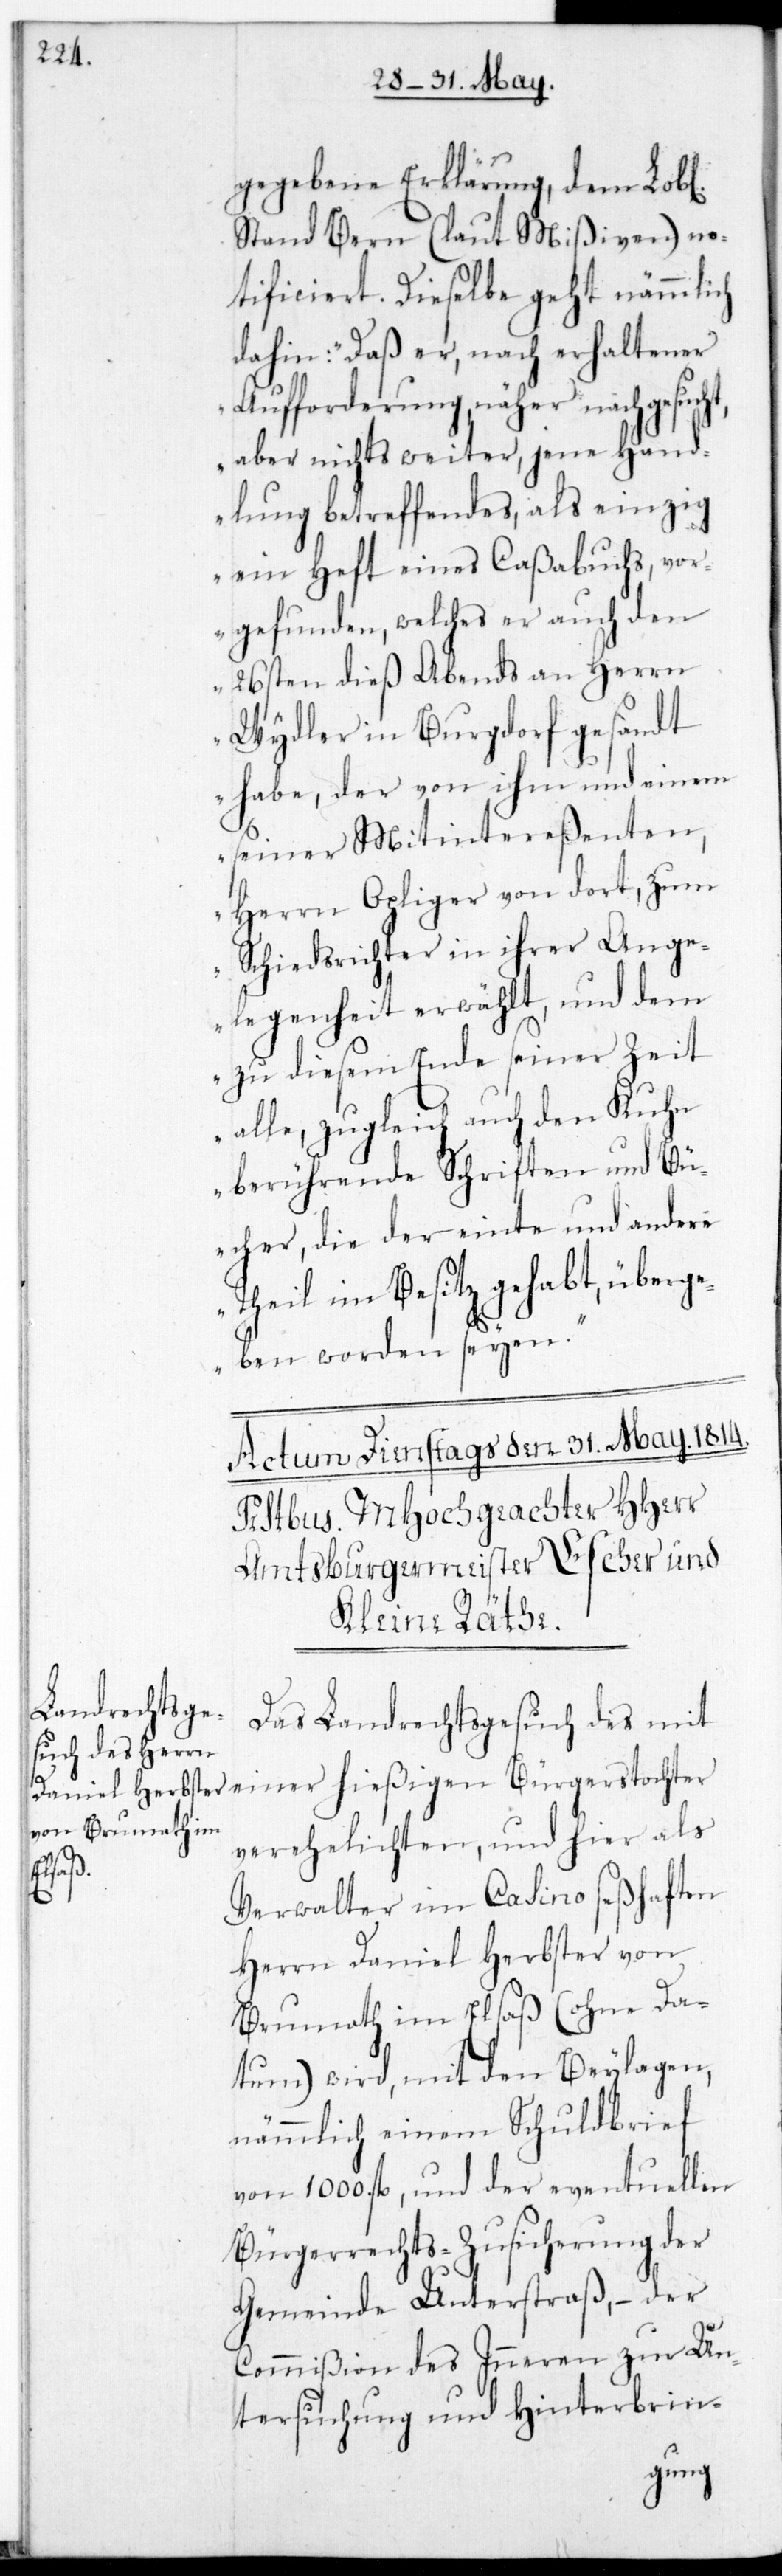
gegebene Erklärung, dem L.
Stand Bern (laut Mißiven) no¬
tificiert. Dieselbe geht nämmlich
dahin: „Daß er, nach erhaltener
Aufforderung, näher nachgesucht,
aber nichts weiter, jene Hand¬
lung betreffendes, als einzig
ein Heft eines Caßabuchs vor¬
gefunden, welches er auch den
26sten dieß abends an Herrn
Wydler in Burgdorf gesandt
habe, der von ihm und einem
seiner Mitintereßenten,
Herrn Opliger von dort, zum
Schiedsrichter in ihrer Ange¬
legenheit erwählt, und dem
zu diesem Ende seiner Zeit
alle, zugleich auch den Kuhn
berührende Schriften und Bü¬
cher, die der einte und andere
Theil im Besitz gehabt, überg¬
eben worden seyen.“
Das Landrechtsgesuch des mit
einer hießigen Bürgerstochter
verehelichten, und hier als
Verwalter im Casino seßhaften
Herrn Daniel Herbster von
Brumath im Elsaß (ohne Da¬
tum) wird, mit den Beylagen,
nämmlich einem Schuldbrief
von 1000. fl., und der eventuellen
Bürgerrechtszusicherung der
Gemeinde Unterstraß, – der
Commißion des Innern zur Un¬
tersuchung und Hinterbrin-